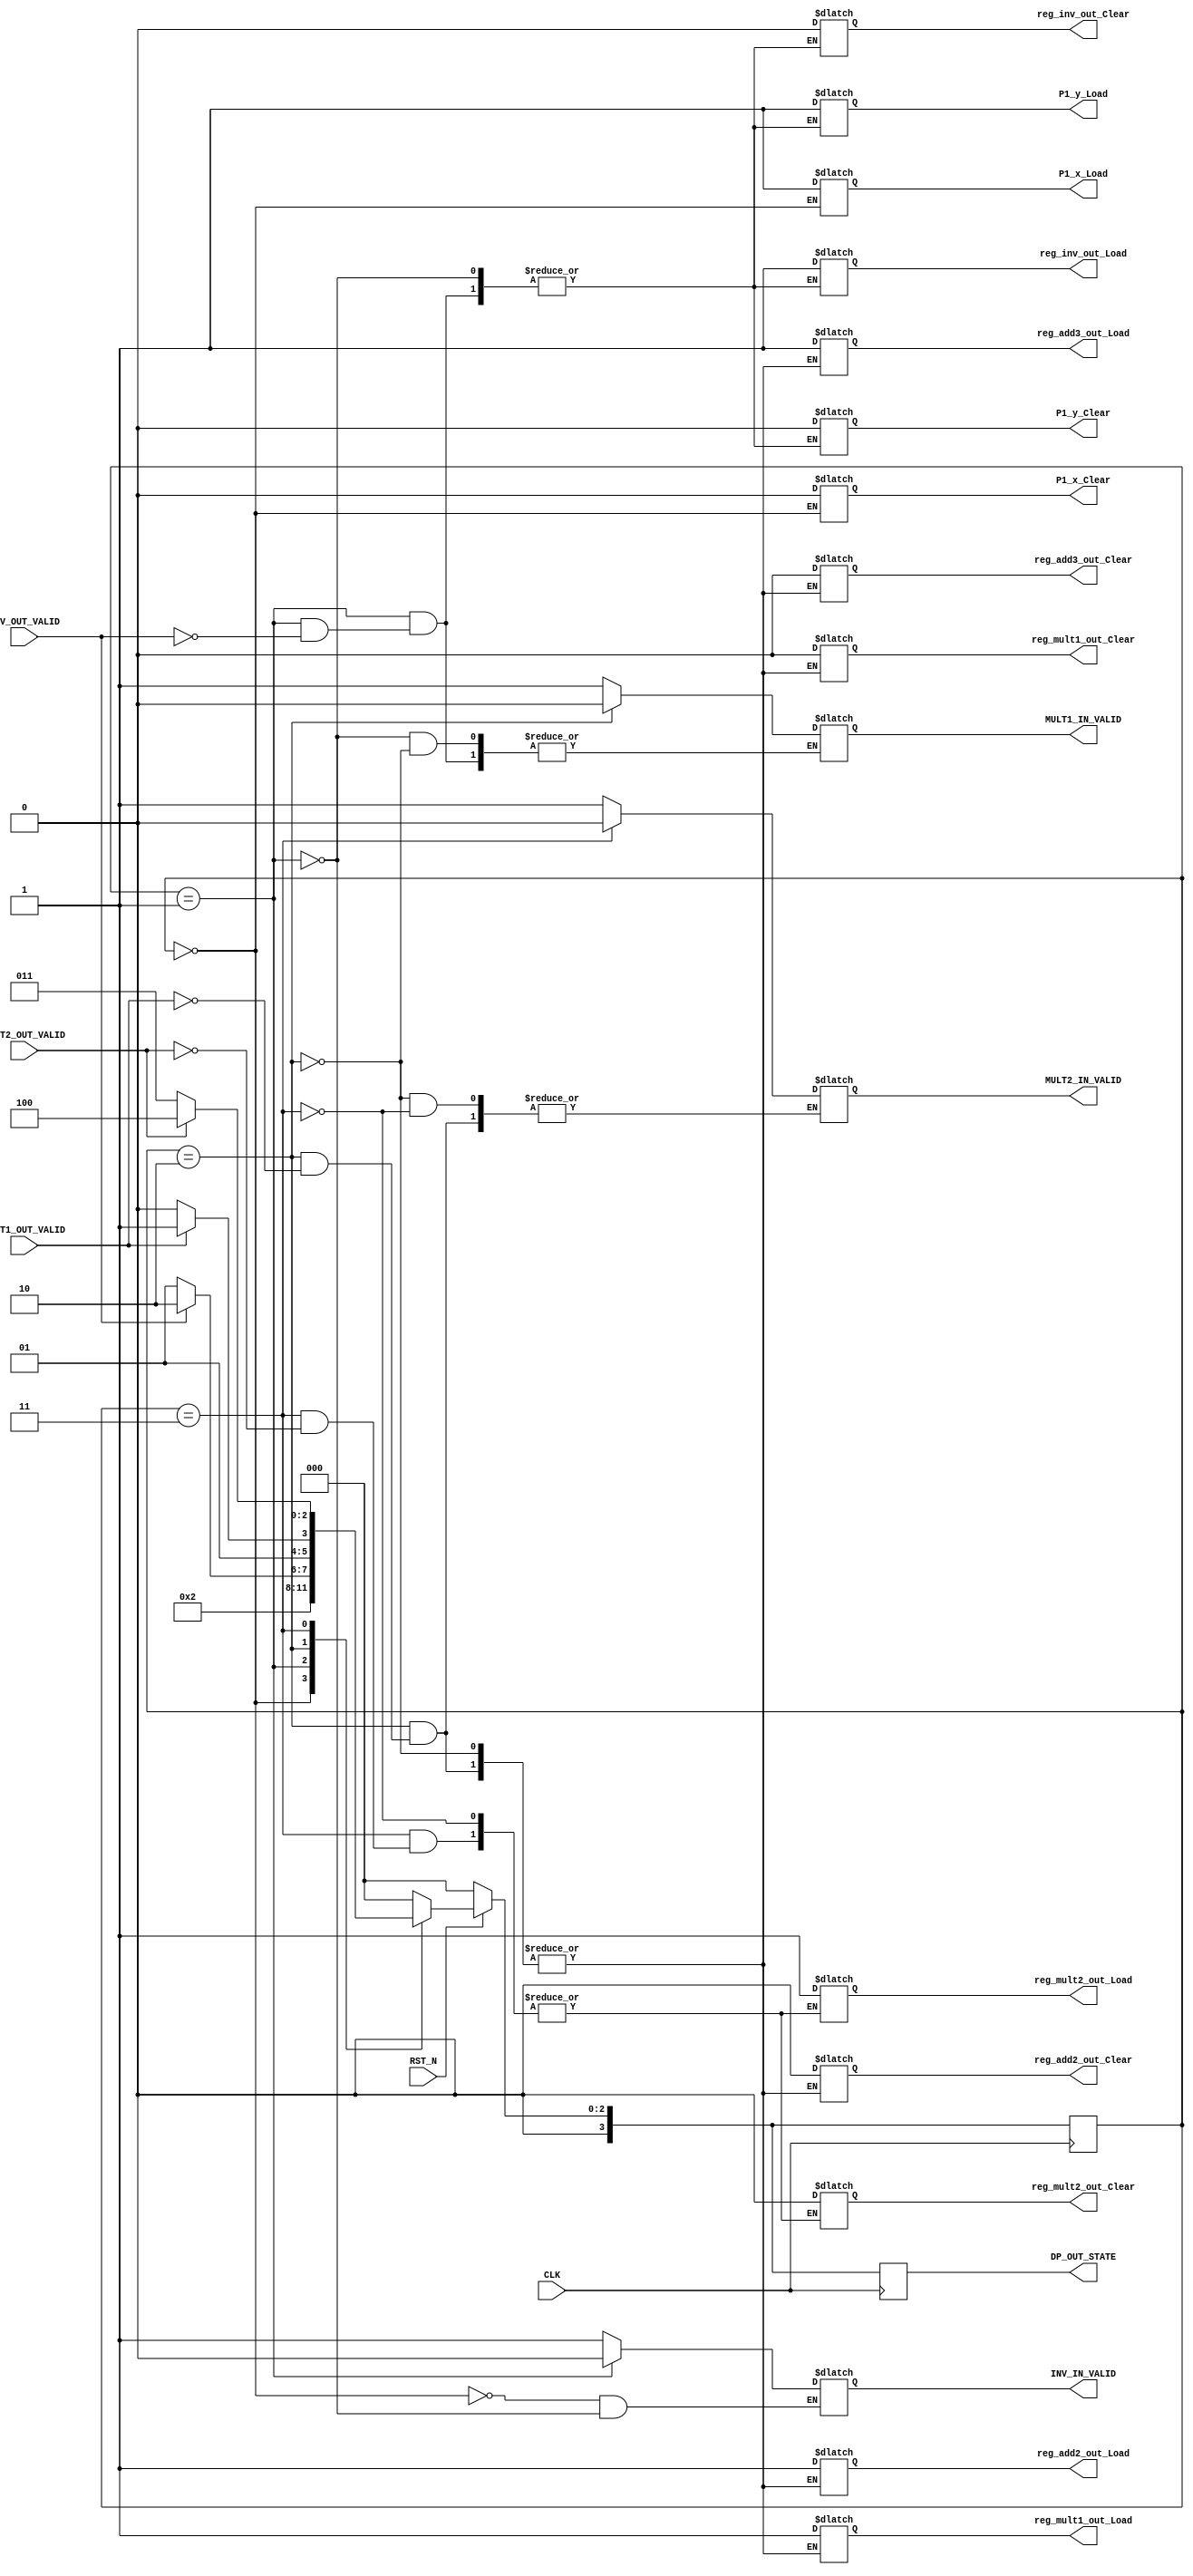
`timescale 1ns / 1ps
//////////////////////////////////////////////////////////////////////////////////
// Company: 
// Engineer: 
// 
// Design Name: 
// Module Name:    DoubleP_FSM 
// Project Name: 
// Target Devices: 
// Tool versions: 
// Description: 
//
// Dependencies: 
//
// Revision: 
// Revision 0.01 - File Created
// Additional Comments: 
//
//////////////////////////////////////////////////////////////////////////////////
module ARS_DoubleP_FSM(
				  CLK,
				  RST_N,
//				  DP_EN,
				  reg_inv_out_Load,
				  reg_inv_out_Clear,
				  reg_mult1_out_Load,
				  reg_mult1_out_Clear,
				  reg_mult2_out_Load,
				  reg_mult2_out_Clear,
				  reg_add2_out_Load,
				  reg_add2_out_Clear,
				  reg_add3_out_Load,
				  reg_add3_out_Clear,
				  P1_x_Load,
				  P1_x_Clear,
				  P1_y_Load,
				  P1_y_Clear,
				  INV_IN_VALID,
				  INV_OUT_VALID,  
				  MULT1_IN_VALID,
				  MULT1_OUT_VALID,
				  MULT2_IN_VALID,
				  MULT2_OUT_VALID,
				  DP_OUT_STATE
				  );
input CLK, RST_N, INV_OUT_VALID, MULT1_OUT_VALID, MULT2_OUT_VALID;
output MULT1_IN_VALID, MULT2_IN_VALID;
reg MULT1_IN_VALID, MULT2_IN_VALID;
output P1_x_Load, P1_x_Clear, P1_y_Load, P1_y_Clear, reg_inv_out_Load, reg_inv_out_Clear, INV_IN_VALID;
reg P1_x_Load, P1_x_Clear, P1_y_Load, P1_y_Clear, reg_inv_out_Load, reg_inv_out_Clear, INV_IN_VALID;
output reg_mult1_out_Load, reg_mult1_out_Clear, reg_mult2_out_Load, reg_mult2_out_Clear;
reg reg_mult1_out_Load, reg_mult1_out_Clear, reg_mult2_out_Load, reg_mult2_out_Clear;
output reg_add2_out_Load, reg_add2_out_Clear, reg_add3_out_Load, reg_add3_out_Clear; 
reg reg_add2_out_Load, reg_add2_out_Clear, reg_add3_out_Load, reg_add3_out_Clear; 

output [3 : 0] DP_OUT_STATE;
reg [3 : 0] DP_OUT_STATE;
reg [3 : 0] cState, nState;

always @(posedge CLK)
	if(!RST_N)
		begin
		//MULT1_IN_VALID <= 0; MULT2_IN_VALID <= 0;
		//P1_x_Load = 0; P1_x_Clear = 1; P1_y_Load = 0; P1_y_Clear = 1;
		//reg_inv_out_Load = 0; reg_inv_out_Clear = 1; INV_IN_VALID = 0;
		//reg_mult1_out_Load = 0; reg_mult1_out_Clear = 1; reg_mult2_out_Load = 0; reg_mult2_out_Clear = 1;
		//reg_add2_out_Load = 0; reg_add2_out_Clear = 1; reg_add3_out_Load = 0; reg_add3_out_Clear = 1;
		
		cState = 0;
		DP_OUT_STATE = 0;
		end
	else
		begin
		cState = nState;
		DP_OUT_STATE = cState;
		end

always @(cState)
	case(cState)
		4'b0000 : begin //initial state
				  P1_x_Load = 1; P1_x_Clear = 0; 
				  INV_IN_VALID = 1;	  
				  //P1_y_Load = 0; P1_y_Clear = 1;
				  //reg_inv_out_Load=0; reg_inv_out_Clear=1;
				  
				  nState = 4'b0001;
				  end
		4'b0001 : begin //1. inv
//				  P1_x_Load = 1; P1_x_Clear = 0; P1_y_Load = 0; P1_y_Clear = 1;
//				  reg_inv_out_Load = 1; reg_inv_out_Clear = 0;
				  //INV_IN_VALID = 1;
					if(INV_OUT_VALID)
						begin
						INV_IN_VALID = 0;
						reg_inv_out_Load = 1; reg_inv_out_Clear = 0;
						P1_y_Load = 1; P1_y_Clear = 0;
						MULT1_IN_VALID = 1;
						nState = 4'b0010;
						end
					else
						begin
						INV_IN_VALID = 0; 
						nState = 4'b0001;
						end
				  end
		4'b0010 : begin //2.mult1
//					P1_x_Load = 1; P1_x_Clear = 0; P1_y_Load = 0; P1_y_Clear = 1;
//				   reg_inv_out_Load = 0; reg_inv_out_Clear = 0;
//				   MULT1_IN_VALID = 1;
					if(MULT1_OUT_VALID)
						begin
						MULT2_IN_VALID = 1;
						reg_mult1_out_Load = 1; reg_mult1_out_Clear = 0;
						reg_add2_out_Load = 1;
						reg_add2_out_Clear = 0;
						reg_add3_out_Load = 1;
						reg_add3_out_Clear = 0;
						
						MULT1_IN_VALID = 0;						
						nState = 4'b0011;
						end
					else
						begin
						MULT1_IN_VALID = 0; 
						nState = 4'b0010;
						end
				  end
		4'b0011 : begin //3.mult2	
//					P1_x_Load = 1; P1_x_Clear = 0; P1_y_Load = 1; P1_y_Clear = 0;
//				   reg_inv_out_Load = 0; reg_inv_out_Clear = 0;
//				   MULT2_IN_VALID = 1;
					if(MULT2_OUT_VALID)
						begin
						reg_mult2_out_Load = 1;
						reg_mult2_out_Clear = 0;
						
						MULT2_IN_VALID = 0;
						nState = 4'b0100;
						end
					else
						begin
						MULT2_IN_VALID = 0; 
						nState = 4'b0011;
						end
				  end
		default : begin
					nState = 4'b0000;

				  end
		endcase
endmodule